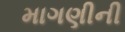
માગણીની